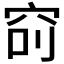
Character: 𥥎